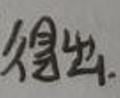
得出.